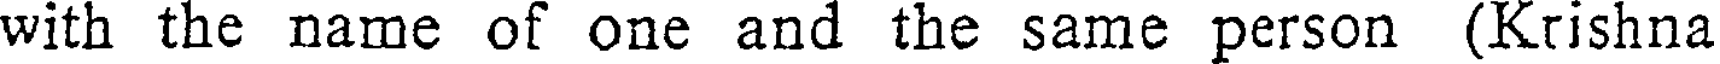
with the name of one and the same person (Krishna